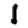
Digit: 1